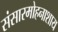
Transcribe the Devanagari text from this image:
संसारमोहनाशाय